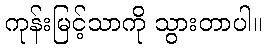
ကုန်းမြင့်သာကို သွားတာပါ။